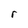
Character: r